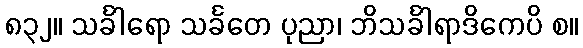
၈၃၂။ သင်္ခါရော သင်္ခတေ ပုညာ၊ ဘိသင်္ခါရာဒိကေပိ စ။